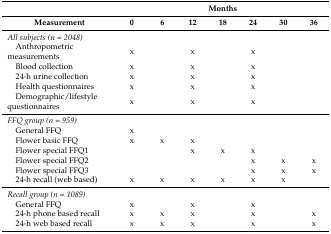
<table><thead><tr><td></td><td colspan="7"><b>Months</b></td></tr><tr><td><b>Measurement</b></td><td><b>0</b></td><td><b>6</b></td><td><b>12</b></td><td><b>18</b></td><td><b>24</b></td><td><b>30</b></td><td><b>36</b></td></tr></thead><tbody><tr><td><i>All subjects (n = 2048)</i></td><td></td><td></td><td></td><td></td><td></td><td></td><td></td></tr><tr><td> Anthropometric measurements</td><td>x</td><td></td><td>x</td><td></td><td>x</td><td></td><td></td></tr><tr><td> Blood collection</td><td>x</td><td></td><td>x</td><td></td><td>x</td><td></td><td></td></tr><tr><td> 24-h urine collection</td><td>x</td><td></td><td>x</td><td></td><td>x</td><td></td><td></td></tr><tr><td> Health questionnaires</td><td>x</td><td></td><td>x</td><td></td><td>x</td><td></td><td></td></tr><tr><td> Demographic/lifestyle questionnaires</td><td>x</td><td></td><td>x</td><td></td><td>x</td><td></td><td></td></tr><tr><td><i>FFQ group (n = 959)</i></td><td></td><td></td><td></td><td></td><td></td><td></td><td></td></tr><tr><td> General FFQ</td><td>x</td><td></td><td></td><td></td><td></td><td></td><td></td></tr><tr><td> Flower basic FFQ </td><td>x</td><td>x</td><td>x</td><td></td><td></td><td></td><td></td></tr><tr><td> Flower special FFQ1</td><td></td><td></td><td>x</td><td>x</td><td>x</td><td></td><td></td></tr><tr><td> Flower special FFQ2</td><td></td><td></td><td></td><td></td><td>x</td><td>x</td><td>x</td></tr><tr><td> Flower special FFQ3</td><td></td><td></td><td></td><td></td><td>x</td><td>x</td><td>x</td></tr><tr><td> 24-h recall (web based)</td><td>x</td><td>x</td><td>x</td><td>x</td><td>x</td><td>x</td><td></td></tr><tr><td><i>Recall group (n = 1089)</i></td><td></td><td></td><td></td><td></td><td></td><td></td><td></td></tr><tr><td> General FFQ</td><td>x</td><td></td><td>x</td><td></td><td>x</td><td></td><td></td></tr><tr><td> 24-h phone based recall</td><td>x</td><td>x</td><td>x</td><td></td><td>x</td><td></td><td>x</td></tr><tr><td> 24-h web based recall</td><td>x</td><td>x</td><td>x</td><td></td><td>x</td><td></td><td>x</td></tr></tbody></table>